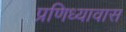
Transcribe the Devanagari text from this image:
प्रणिध्यावास